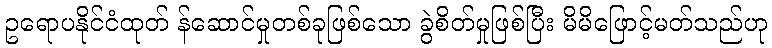
ဥရောပနိုင်ငံထုတ် န်ဆောင်မှုတစ်ခုဖြစ်သော ခွဲစိတ်မှုဖြစ်ပြီး မိမိဖြောင့်မတ်သည်ဟု